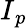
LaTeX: {\mathbf\cal I}_{p}